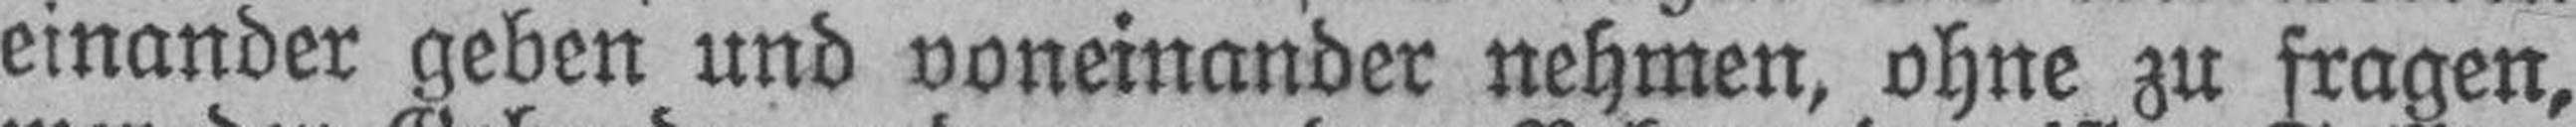
einander geben und voneinander nehmen, ohne zu fragen,